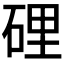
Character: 𥓄